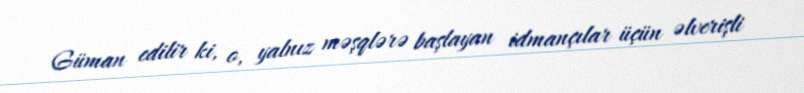
Güman edilir ki, o, yalnız məşqlərə başlayan idmançılar üçün əlverişli